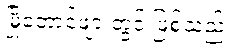
မြို့တောင်ဖျားတွင် ဖြစ်သည်။